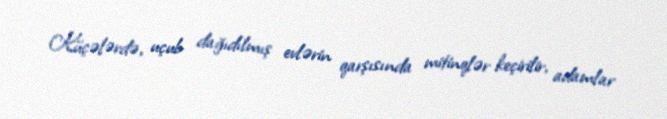
Küçələrdə, uçub dağıdılmış evlərin qarşısında mitinqlər keçirilir, adamlar